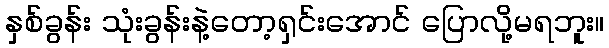
နှစ်ခွန်း သုံးခွန်းနဲ့တော့ရှင်းအောင် ပြောလို့မရဘူး။